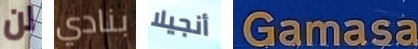
لن بنادي أنجيلا Gamasa